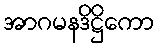
အာဂမနဒိဋ္ဌိကော